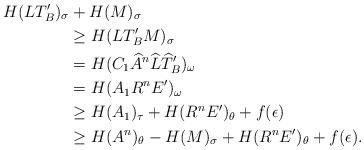
LaTeX: \begin{align*}H(LT_B')_\sigma &+H(M)_\sigma \\&\geq H(LT_B'M)_\sigma \\&= H(C_1\widehat{A}^n \widehat{L}\widehat{T}_B' )_\omega \\&= H(A_1 R^n E' )_\omega \\&\geq H(A_1)_\tau +H(R^nE')_\theta +f(\epsilon)\\&\geq H(A^n)_\theta-H(M)_\sigma +H(R^nE')_\theta +f(\epsilon). \end{align*}